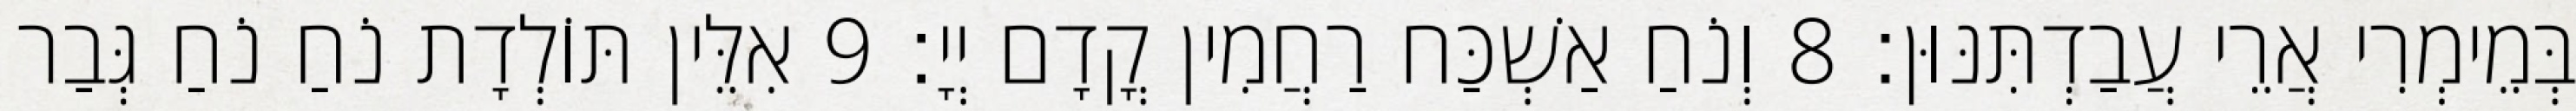
בְּמֵימְרִי אֲרֵי עֲבַדְתִּנּוּן׃ 8 וְנֹחַ אַשְׁכַּח רַחֲמִין קֳדָם יְיָ׃ 9 אִלֵּין תּוֹלְדָת נֹחַ נֹחַ גְּבַר